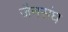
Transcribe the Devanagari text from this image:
जैनसंघ